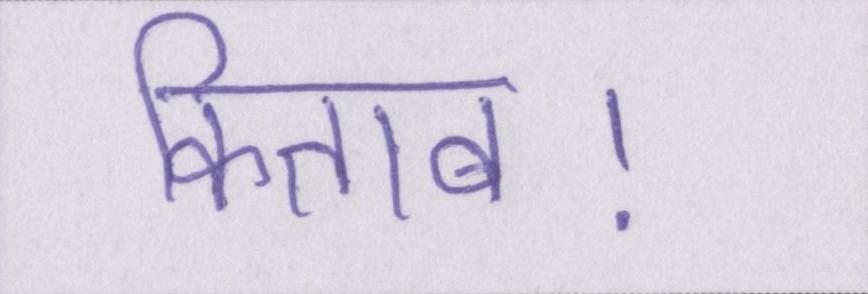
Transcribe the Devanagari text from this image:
किताब।